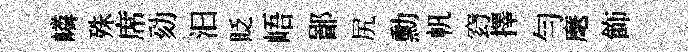
嶙殊席劾汩貶峿鄙尻勳帆𥥆擇勻麾飾